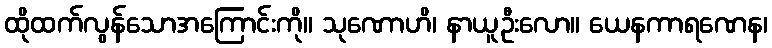
ထိုထက်လွန်သောအကြောင်းကို။ သုဏောဟိ၊ နာယူဦးလော။ ယေနကာရဏေန၊